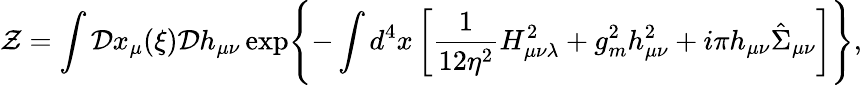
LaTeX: {\cal Z}=\int{\cal D}x_{\mu}(\xi){\cal D}h_{\mu\nu}\exp\Biggl\{ -\int d^{4}x\left[\frac 1{12\eta^{2}}H_{\mu\nu\lambda}^{2}+g_{m}^{2}h_{\mu\nu}^{2}+i\pi h_{\mu\nu}\hat{\Sigma}_{\mu\nu}\right]\Biggr\} ,